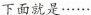
下面就是······